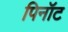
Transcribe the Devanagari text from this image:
पिनॉट